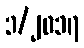
၁/၂၀၁၇